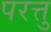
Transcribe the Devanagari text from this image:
परत्तु